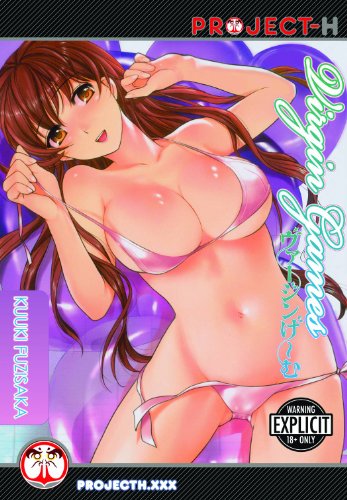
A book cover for Virgin Games (Hentai Manga); Kuuki Fuzisaka; Comics & Graphic Novels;